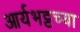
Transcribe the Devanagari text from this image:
आर्यभट्टच्या